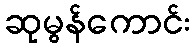
ဆုမွန်ကောင်း